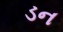
ડન